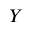
Y